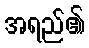
အရည်၏